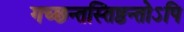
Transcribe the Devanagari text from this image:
गच्छन्तस्तिष्ठन्तोऽपि